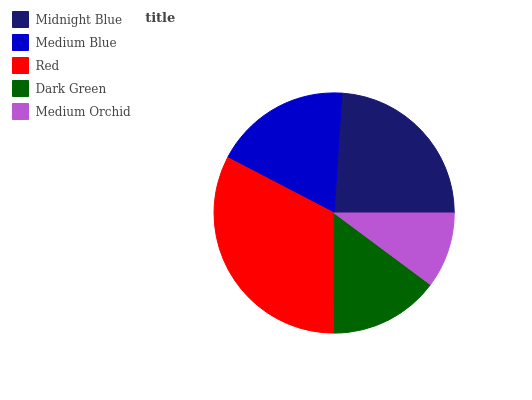
| Midnight Blue | Medium Blue | Red | Dark Green | Medium Orchid |
 | --- | --- | --- | --- | --- |
 | 24% | 18.4% | 32.6% | 14.8% | 10.2% |